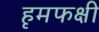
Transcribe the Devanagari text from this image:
हृमफक्षी